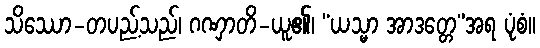
သိဿော-တပည့်သည်၊ ဂဏှာတိ-ယူ၏၊ “ယသ္မာ အာဒတ္တေ”အရ ပုံစံ။